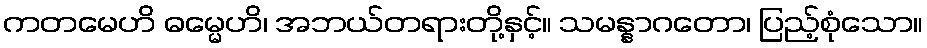
ကတမေဟိ ဓမ္မေဟိ၊ အဘယ်တရားတို့နှင့်။ သမန္နာဂတော၊ ပြည့်စုံသော။